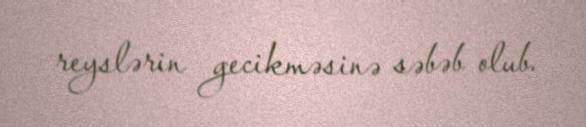
reyslərin gecikməsinə səbəb olub.